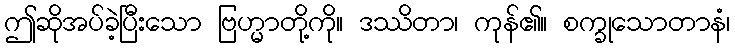
ဤဆိုအပ်ခဲ့ပြီးသော ဗြဟ္မာတို့ကို။ ဒဿိတာ၊ ကုန်၏။ စက္ခုသောတာနံ၊